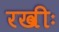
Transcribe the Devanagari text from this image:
रखीः